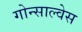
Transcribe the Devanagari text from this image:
गोन्साल्वेस